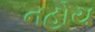
નહોય